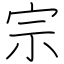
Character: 宗